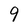
Character: 9